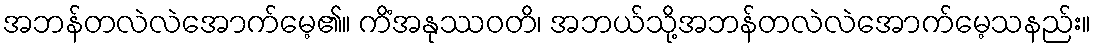
အဘန်တလဲလဲအောက်မေ့၏။ ကိံအနုဿဝတိ၊ အဘယ်သို့အဘန်တလဲလဲအောက်မေ့သနည်း။